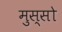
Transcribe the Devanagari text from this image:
मुस्सो